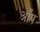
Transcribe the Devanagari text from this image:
आँप